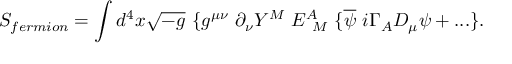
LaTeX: S _ { f e r m i o n } = \int d ^ { 4 } x \sqrt { - g } ~ \{ g ^ { \mu \nu } ~ \partial _ { \nu } Y ^ { M } ~ E _ { ~ M } ^ { A } ~ \{ \overline { { { \psi } } } ~ i \Gamma _ { A } D _ { \mu } \psi + . . . \} .